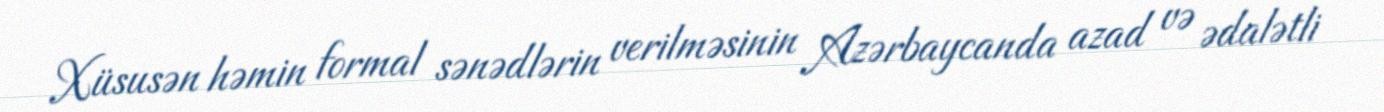
Xüsusən həmin formal sənədlərin verilməsinin Azərbaycanda azad və ədalətli